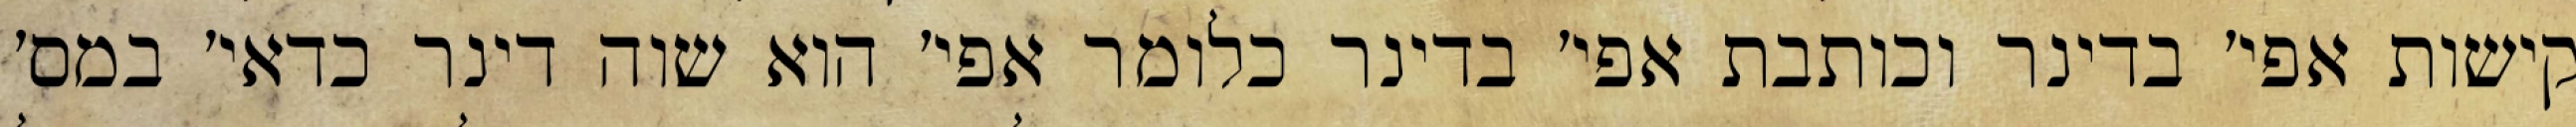
קישות אפי׳ בדינר וכותבת אפי׳ בדינר כלומר אפי׳ הוא שוה דינר כדאי׳ במס׳